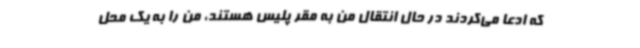
که ادعا می‌کردند در حال انتقال من به مقر پلیس هستند، من را به یک محل